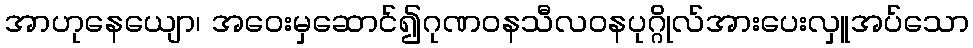
အာဟုနေယျော၊ အဝေးမှဆောင်၍ဂုဏဝနသီလဝနပုဂ္ဂိုလ်အားပေးလှူအပ်သော